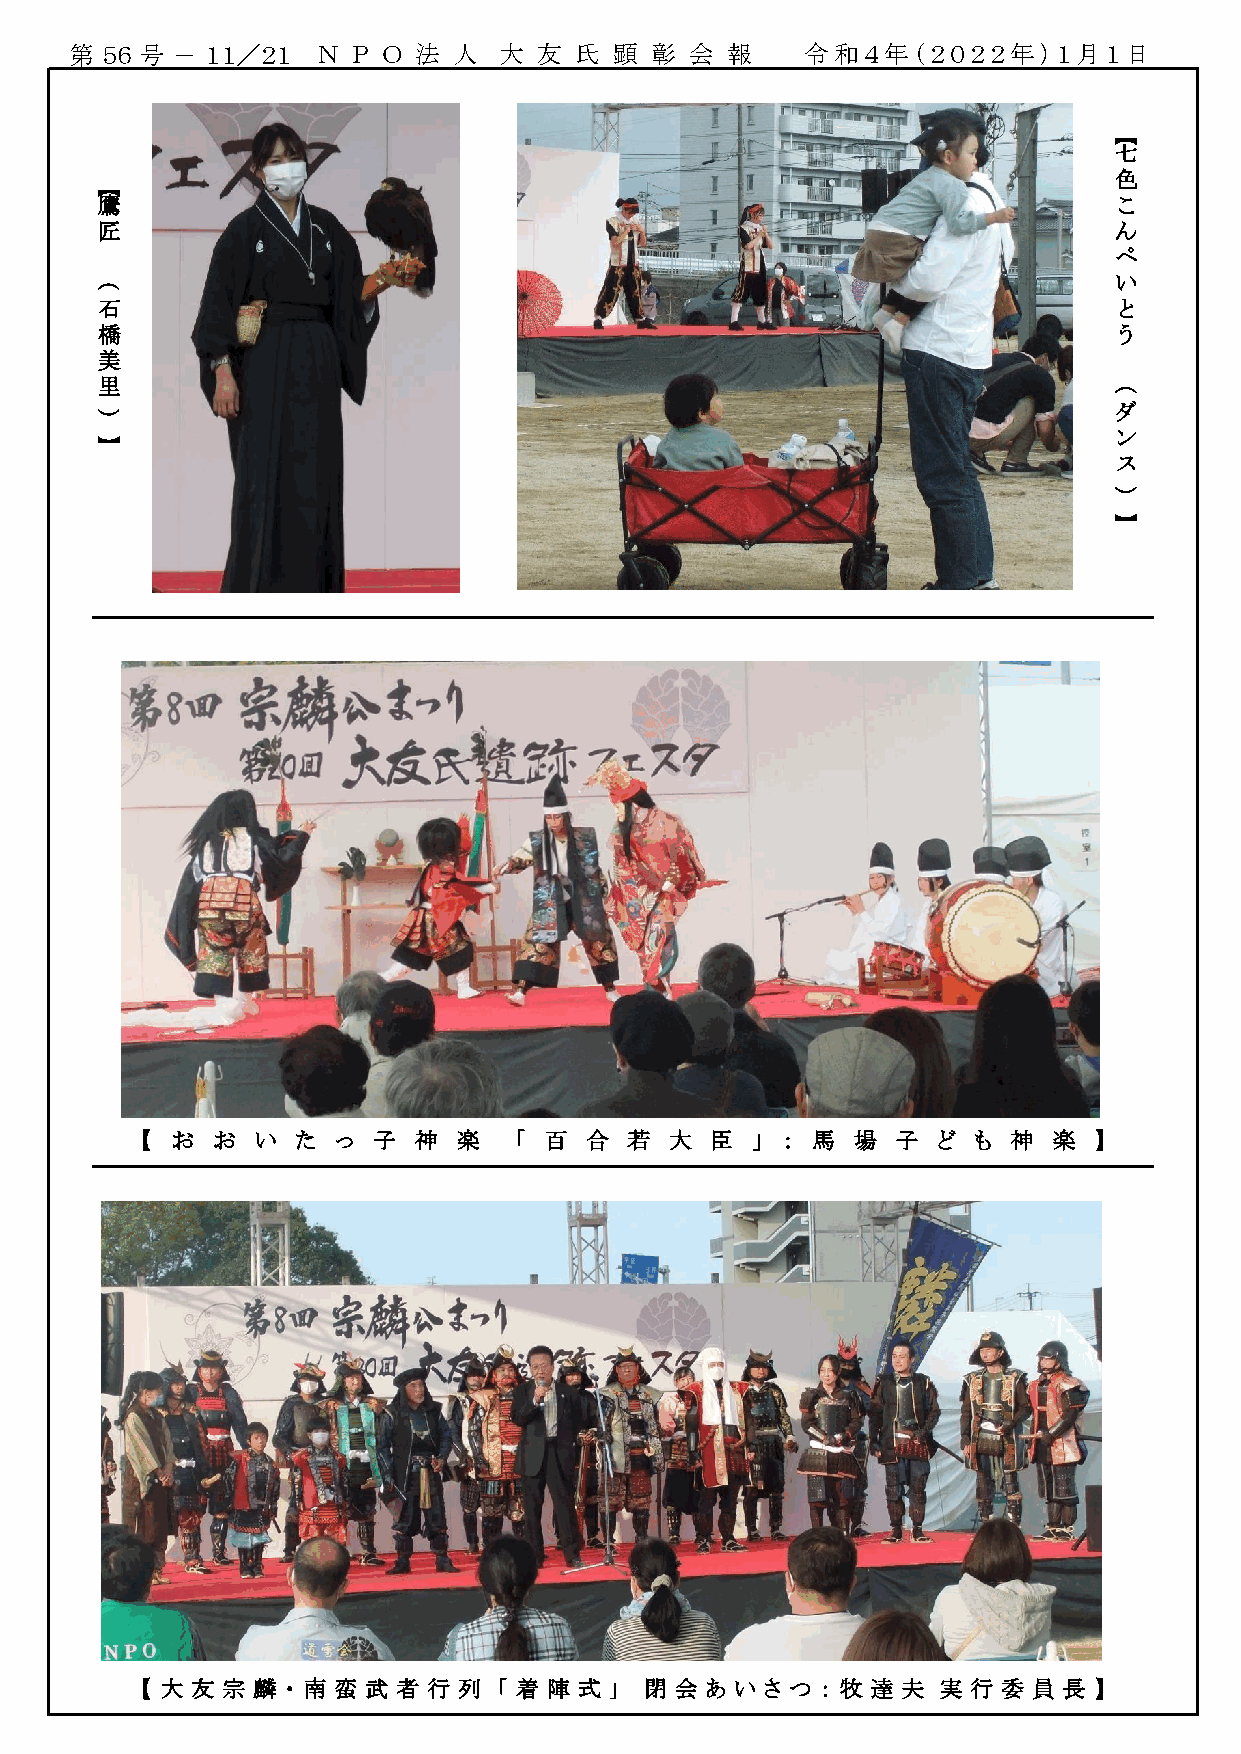
第 ５６ 号 － １１／２１  Ｎ Ｐ Ｏ 法  人  大  友 氏  顕 彰  会 報    令和４年（２０２２年）１月１日
 【
 七
 色
 【
 鷹                                                                   こ
 匠                                                                   ん
 ぺ
 い
 （
 石                                                                   と
 橋                                                                   う
 美
 里
 （
 ダ
 ）
 ン
 】
 ス
 ）
 】
 【 お  お  い  た っ  子 神  楽   「 百  合  若 大  臣  」 ： 馬 場  子  ど も  神  楽 】
 【 大 友 宗 麟 ・ 南 蛮 武 者 行 列 「 着 陣 式 」 閉 会 あ い さ つ ： 牧 達 夫 実 行 委 員 長 】